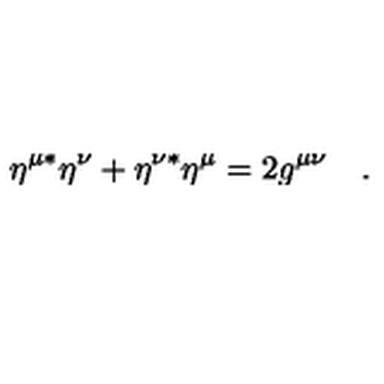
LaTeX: \eta ^ { \mu * } \eta ^ { \nu } + \eta ^ { \nu * } \eta ^ { \mu } = 2 g ^ { \mu \nu } \quad .